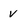
Character: V